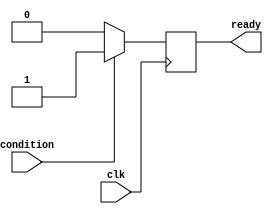
module wait_condition(
    input wire condition,
    input wire clk,
    output reg ready
);

// Behavioral modeling of wait statement
always @(posedge clk) begin
    // Check if the condition is true
    if (condition) begin
        ready <= 1;  // Resume execution
    end else begin
        ready <= 0;  // Suspend execution
    end
end

endmodule